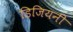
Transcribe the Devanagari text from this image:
डिजियनी